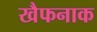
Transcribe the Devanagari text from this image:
खैफनाक